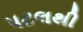
પટલથી